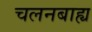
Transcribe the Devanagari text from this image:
चलनबाह्य